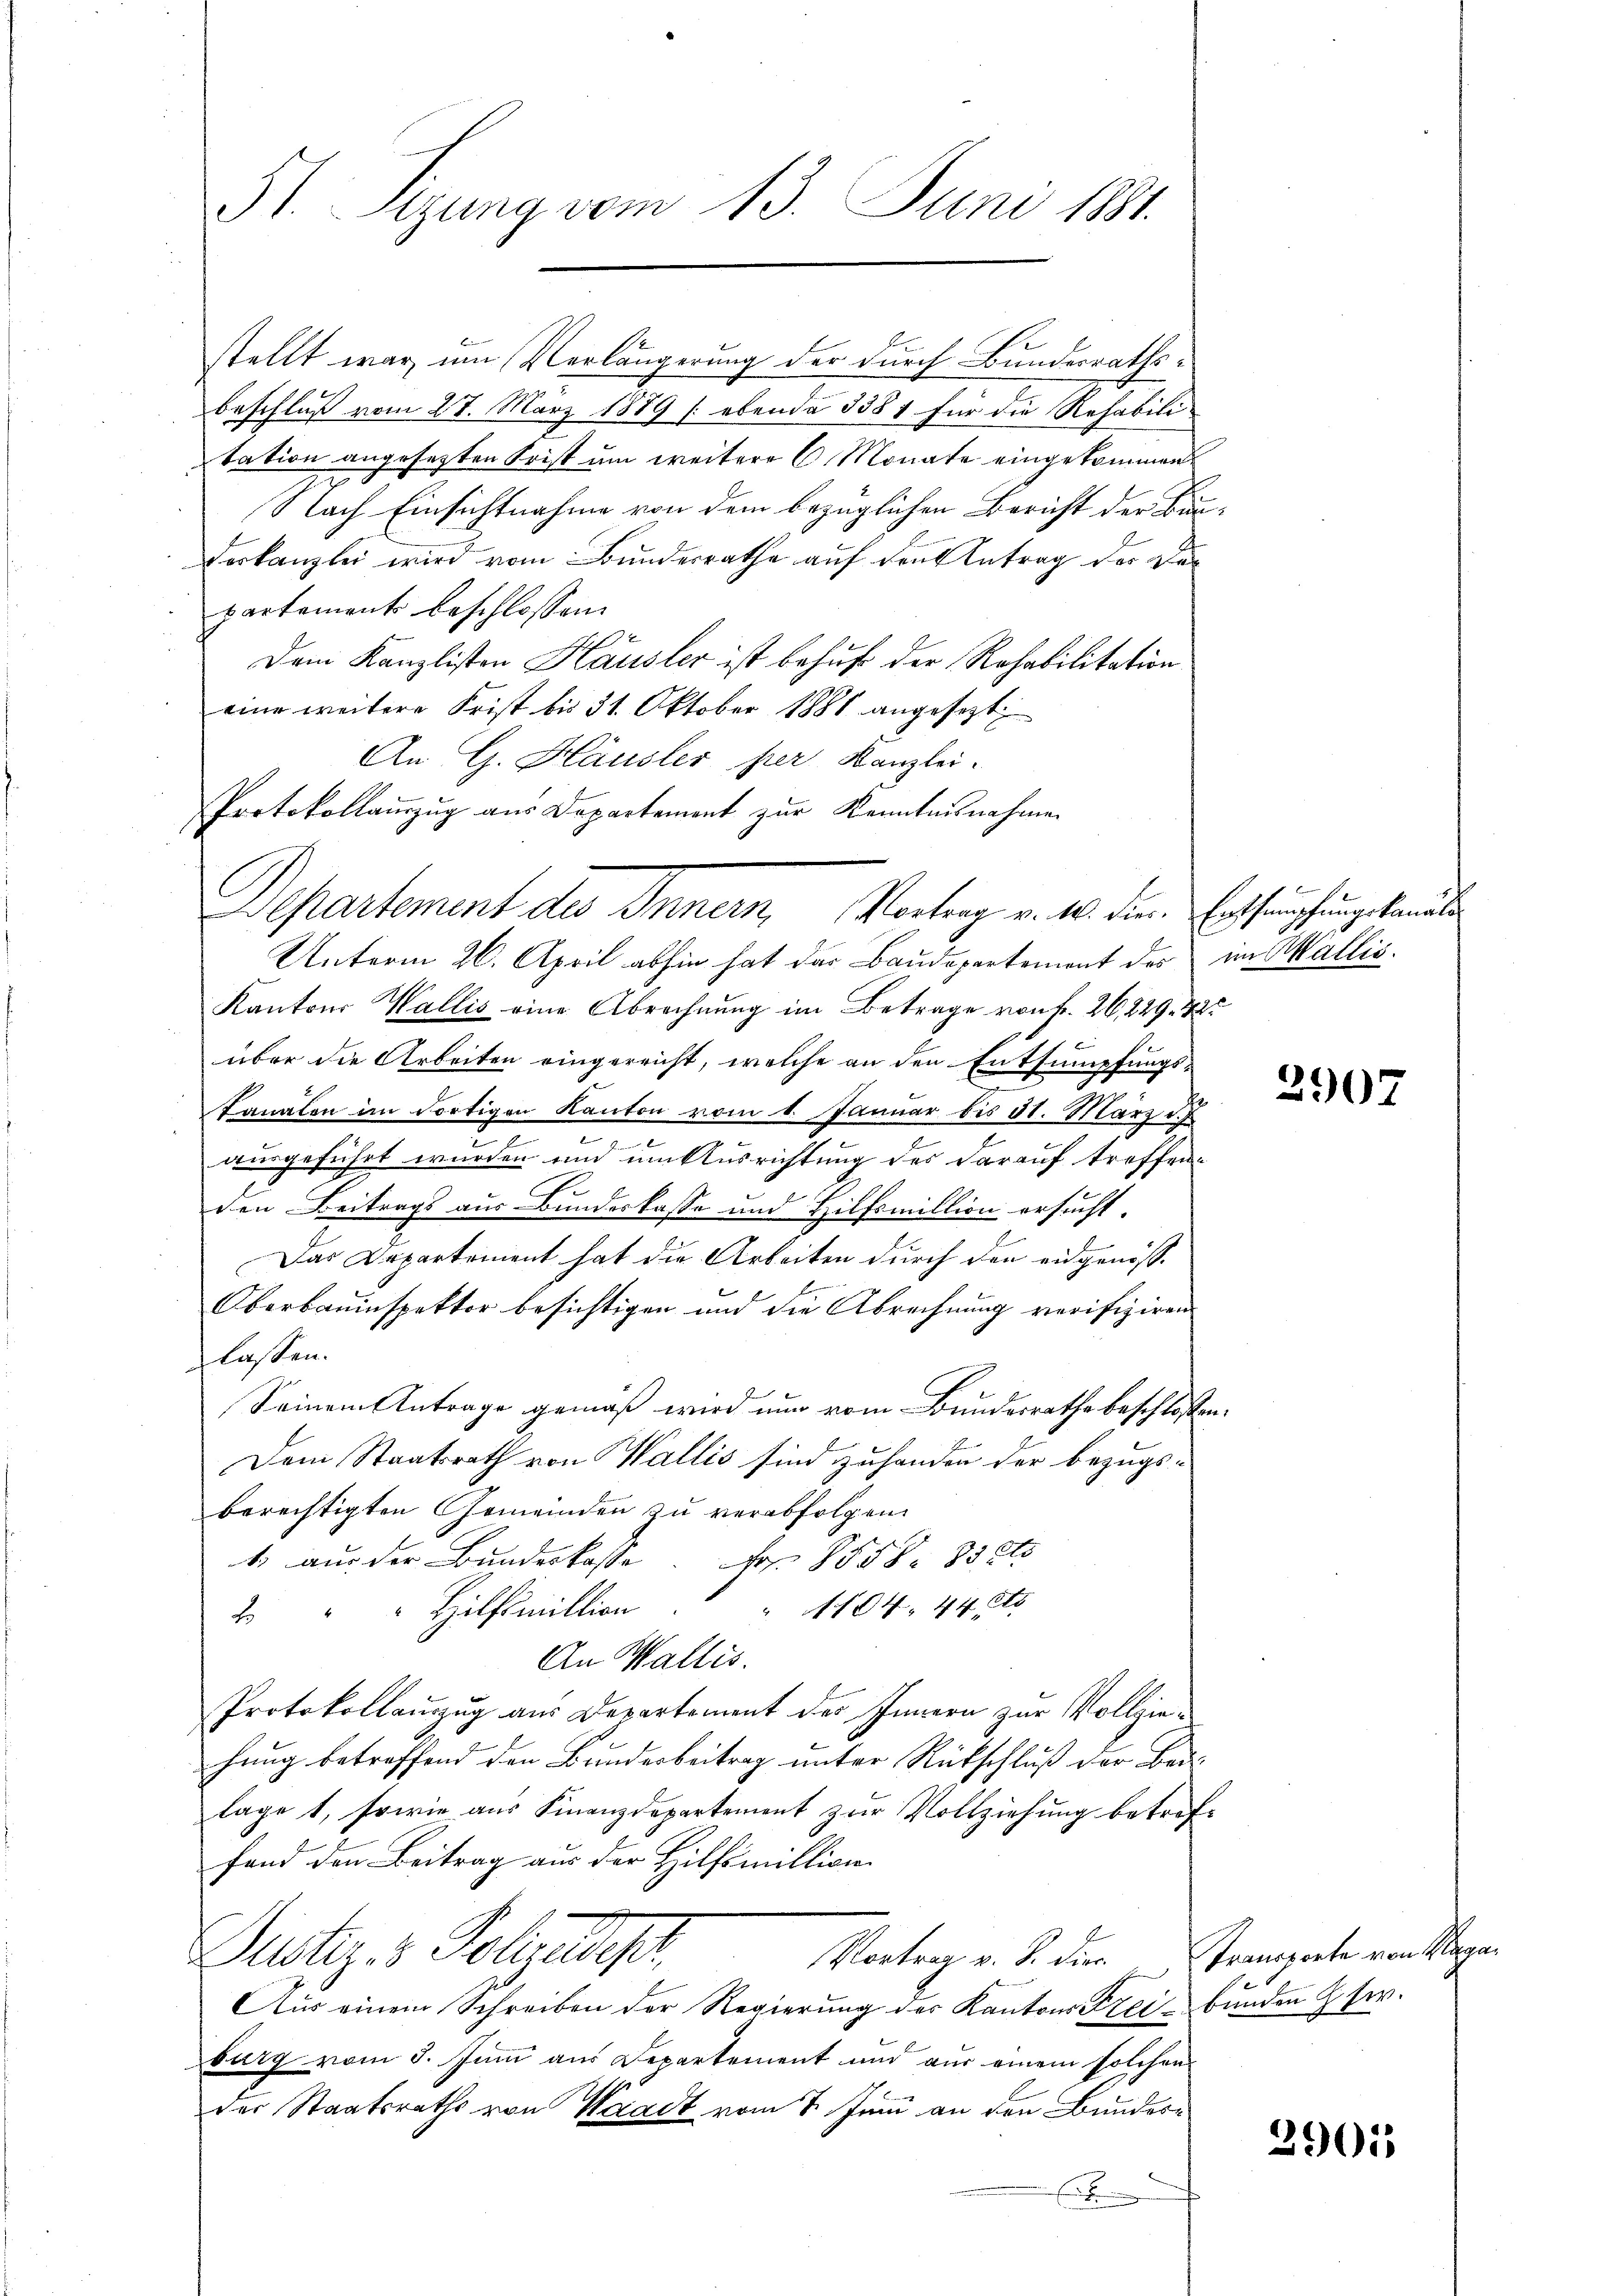
51. Sizung vom 13. Juni 1881.

stellt war, um Verlängerung der durch Bundesrathsbeschluß vom 27. März 1889 (ebenda 3381 für die Rehabili
tation angesetzten Frist um weitere 6 Monate eingekommen
Nach Einsichtnahme von dem bezüglichen Bericht der Bau¬
Vorkanzlei wird vom Bundesrathe auf den Antrag der Bepartement beschlossen:
Dem Kanzlisten Hausler ist behuf der Rohabilitation
eine weitere Frist bis 31. Oktober 1881 angesezt
An G. Häusler per Kanzlei.
Protokollamzug aus Departement zur Kenntnisnahmen
Unterm 26. April abhin hat das Baudepartement des im Wallis.
Kantons Wallis eine Abrechnung im Betrage von Fr. 26, 229. 225
x
über die Arbeiten eingereicht, welche an den Entsumpfungs-
Kanalen im dortigen Kanton vom 1. Januar bis 31. März d. J.
e
.
ausgeführt wurden und um Ausrichtung des darauf treffen¬
.
den Beitrags aus Bundeskasse und Hilfsmillion ersucht.
Das Departement hat die Arbeiten durch den eidgenös¬
Oberbauinspektor besichtigen und die Abrechnung verifiziren
glassen.
Seinem Antrage gemäß wird nun vom Bundesrathe beschloßen:
Dem Staatsrath von Wallis sind zuhanden der bezugs-
berechtigten Gemeinden zu verabfolgen.
1) aus der Bundeskasse. Fr. 1558. 33 et
" 1804, 44 Ets
2 " " Hilfsmillion
An Wallis.
Protokollanzug aus Departement des Innern zur Vollziehung betreffend den Bunderbeitrag unter Rückschluß der Bedi
lage 1, sowie aus Finanzdepartement zur Vollziehung betreffand den Beitrag aus der Hilfsmillion
Justiz- & Polendepr
Vortrag v. S. die
Aus einem Schreiben der Regierung des Kantons Freibunden & sr.
burg vom 3. Juni aus Departement und aus einem solchen
der Staatsraths von Waadt vom 7. Juni an den Bunder¬
E

Departement des Innern, Vortrag v. M. die Bachstumpfung kannten

2907

Transporte von Maga

2905